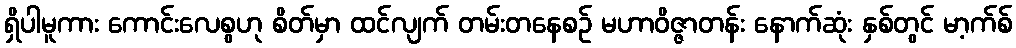
ရှိပါမူကား ကောင်းလေစွဟု စိတ်မှာ ထင်လျက် တမ်းတနေစဉ် မဟာဝိဇ္ဇာတန်း နောက်ဆုံး နှစ်တွင် မာ့က်စ်